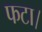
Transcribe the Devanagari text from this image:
फटा।